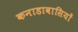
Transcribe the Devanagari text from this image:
कनाडावासियों